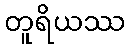
တူရိယဿ